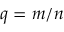
q = m / n